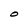
Character: O